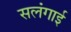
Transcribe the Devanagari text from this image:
सलंगाई